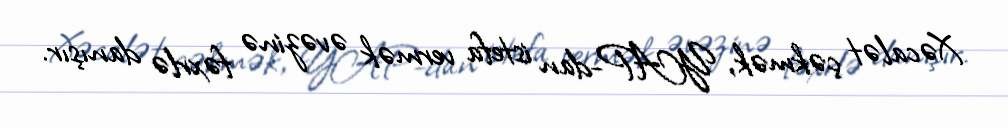
Xəcalət çəkmək, YAP-dan istefa vermək əvəzinə fəxrlə danışır.